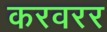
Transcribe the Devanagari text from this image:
करवरर